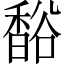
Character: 𧯄